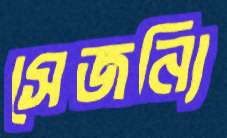
সেজন্যি